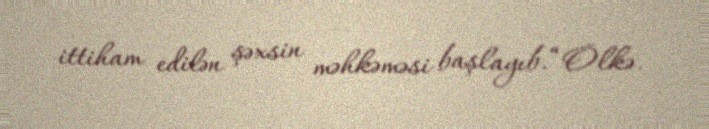
ittiham edilən şəxsin məhkəməsi başlayıb.“Ölkə.